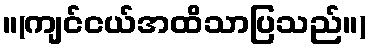
။(ကျင်ငယ်အထိသာပြသည်။)